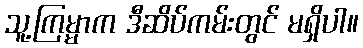
သူ့ကြမ္မာက ဒီဆိပ်ကမ်းတွင် မရှိပါ။